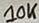
Text: 10K